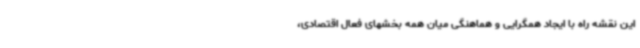
این نقشه راه با ایجاد همگرایی و هماهنگی میان همه بخشهای فعال اقتصادی،